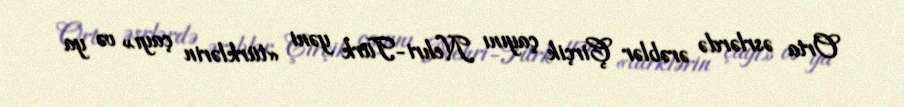
Orta əsrlərdə ərəblər Çirçik çayını Nehri-Türk yəni «türklərin çayı» və ya